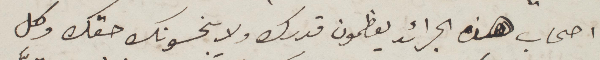
أصحاب هذه الجرائد يعظمون قدرك ولا يبخسونك حقك وكل